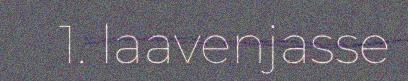
1. laavenjasse